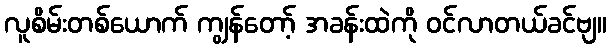
လူစိမ်းတစ်ယောက် ကျွန်တော့် အခန်းထဲကို ဝင်လာတယ်ခင်ဗျ။